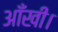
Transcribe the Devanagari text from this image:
आँखी।